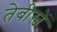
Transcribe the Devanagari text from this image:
तेबीस्वें